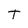
Character: T